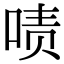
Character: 啧